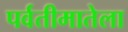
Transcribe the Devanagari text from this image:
पर्वतीमातेला